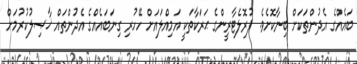
ބައެއްގެ އެދުންތަކަށް ބިނާކޮށެވެ. ޕުރޮލެޓާރީންގެ ޙަރަކާތަކީ އަމިއްލައަށް ހޭހުރި ގިނަބައެއްގެ އެދުންތައް ޚާޞިލުކުރުމަށް